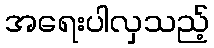
အရေးပါလှသည့်